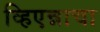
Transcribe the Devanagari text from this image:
व्हिएन्नाचा